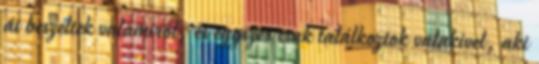
át beszéltek valamiről, és egyszer csak találkoztok valakivel, aki